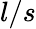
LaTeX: l/s